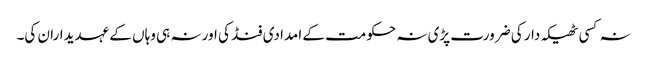
نہ کسی ٹھیکہ دار کی ضرورت پڑی نہ حکومت کے امدادی فنڈ کی اور نہ ہی وہاں کے عہدیداران کی۔